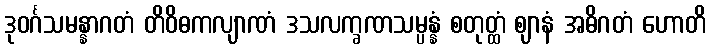
ဒုဝင်္ဂသမန္နာဂတံ တိဝိဓကလျာဏံ ဒသလက္ခဏသမ္ပန္နံ စတုတ္ထံ ဈာနံ အဓိဂတံ ဟောတိ